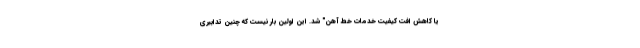
یا کاهش افت کیفیت خدمات خط آهن" شد. این اولین بار نیست که چنین تدابیری